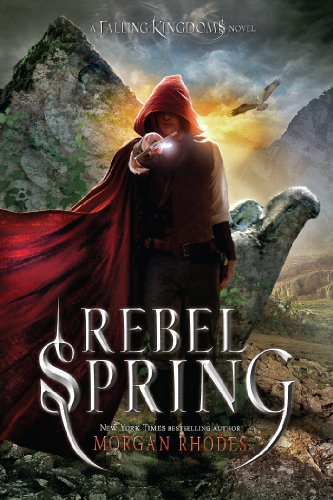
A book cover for Rebel Spring: A Falling Kingdoms Novel; Morgan Rhodes; Teen & Young Adult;